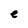
Character: e